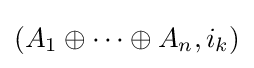
{\textstyle \left(A_{1}\oplus \dots \oplus A_{n},i_{k}\right)}